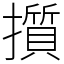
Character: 㩫